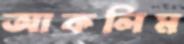
আকলিম